Bréfritari: Guðný Jónsdóttir
Viðtakandi: Jón Borgfirðingur
Dagsetning: A-1895-12-24
Skrifað á: Sauðafelli  Dal.
Dóttir Jóns Borgfirðings

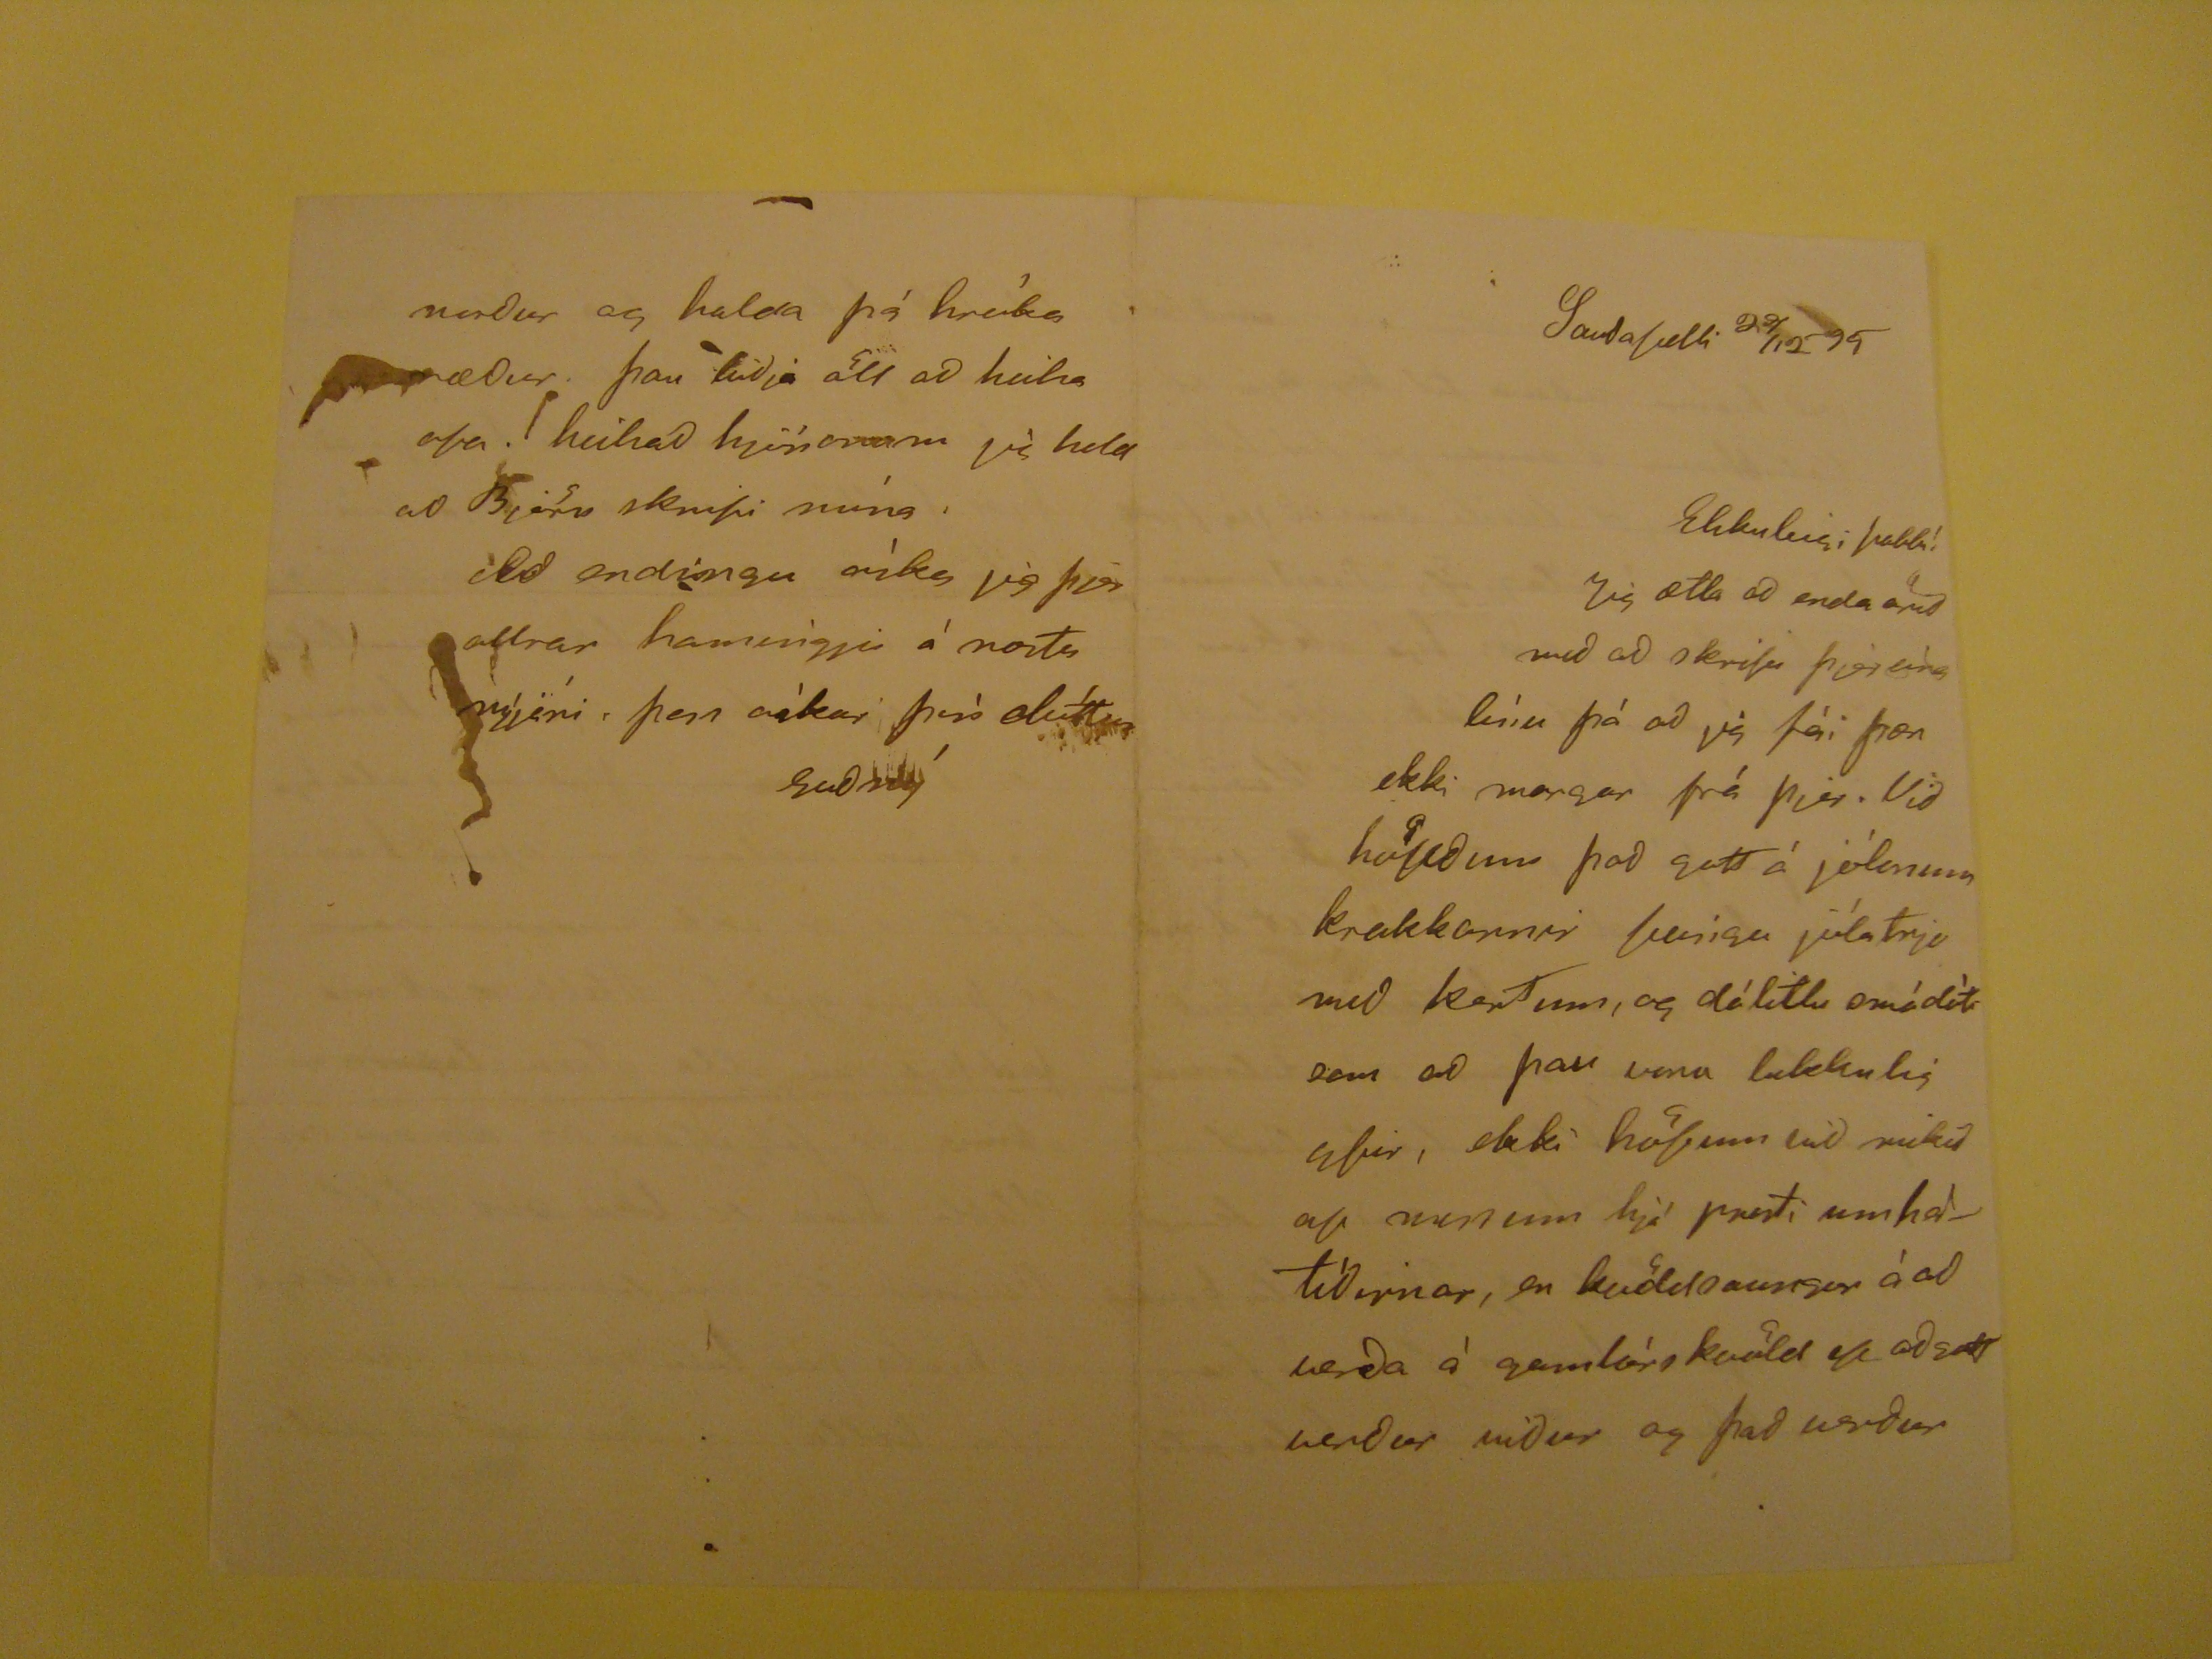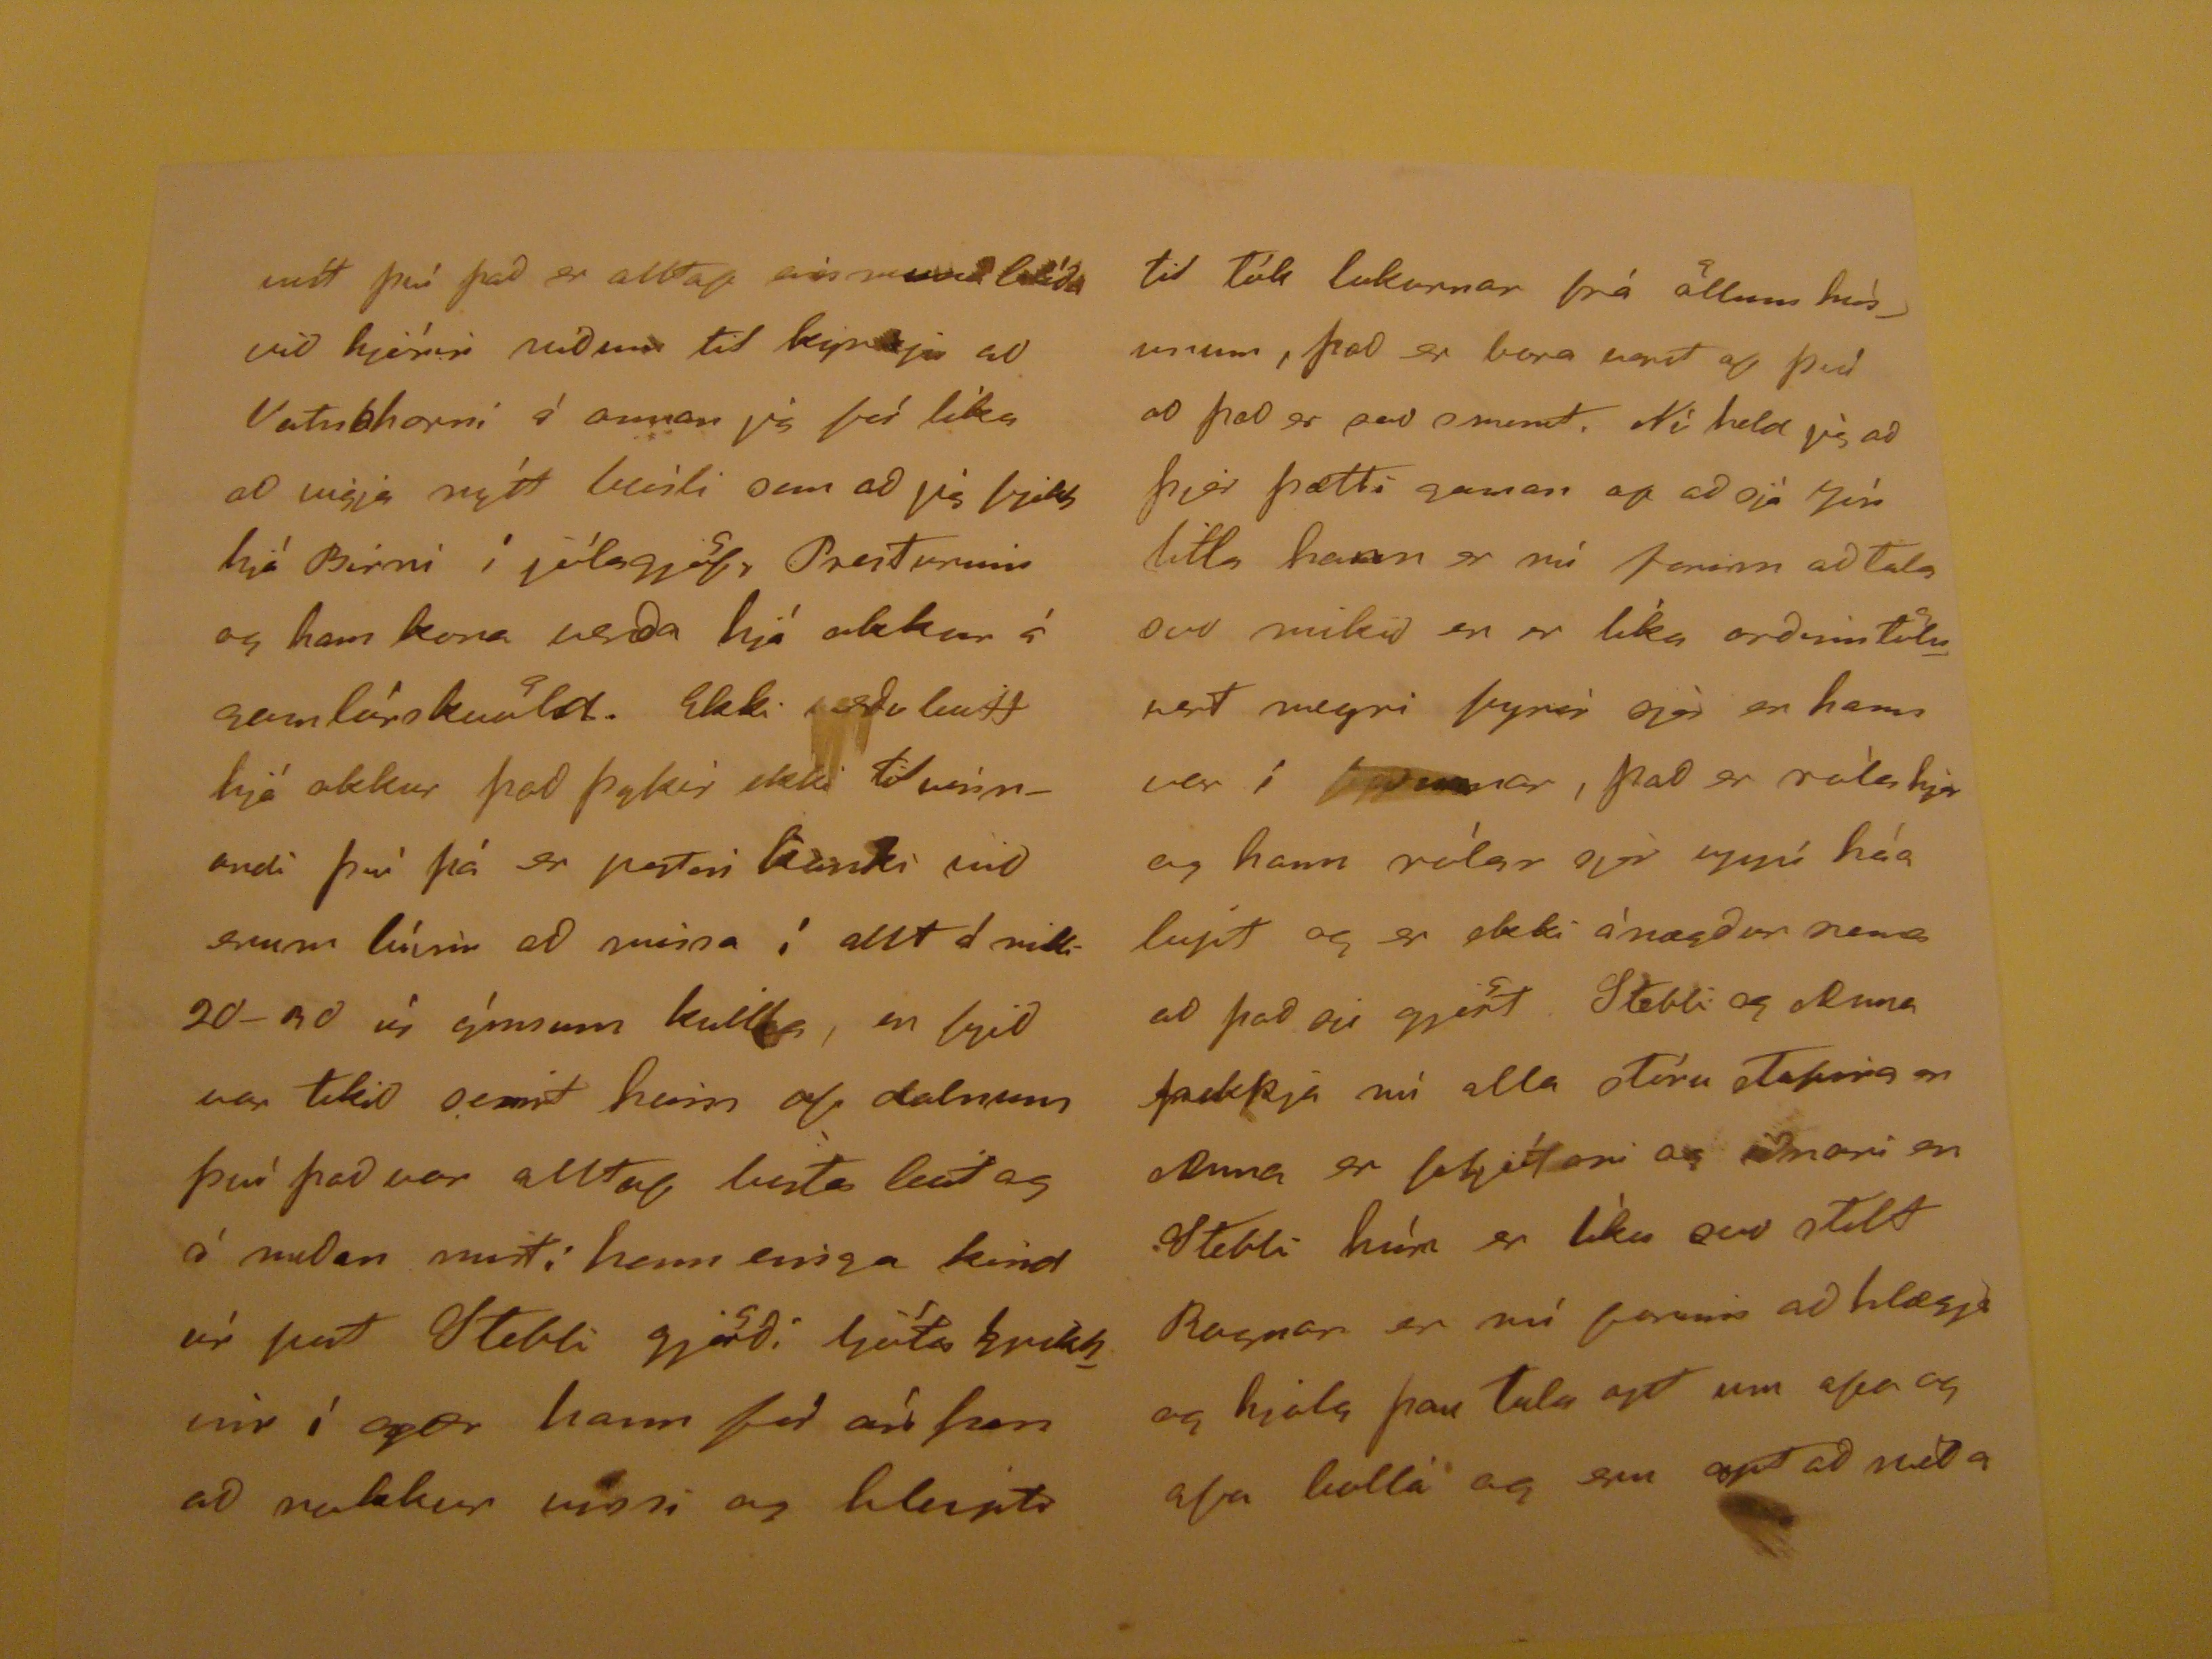

Sauðafelli 24/12 95
Elskuleigi pabbi!
Jig ætla ad enda arid með að skrifa þjer eina lìnu þá að jig fài þær ekki margar frá þjer. Við
höftðum
þad gott á jólunum krakkarnir feingu jólatrje með kertum, og dálitlu smádòti sem ad þau vona lukkulig yfir, ekki höfum vid mikid af munum hjá presti um hàtìðirnar, en kvöldsaungur á ad verða à gamlàrskvö ef að sett verður niður og það verður
víst því það er alltaf eins
mundi velíða
við hjónin vidum til kynja ad Vatnshorni á annar jig þérlíka ad seigja nýtt Mùli sem ad jig fjekk hjá Birni í jólagjöf, Presturinn og hans kona verða hjá okkur á gamlárskvöld. Ekki verða leitt hjá okkur það þykir ekki tilvinnandi því þá er
pestari kanki
vid
sum lúsir
að minna í allt á milli 20-30 úr ýmsum kulda, en lyid var tekið eint heim af dalnum því það var alltaf beta leið og á meðan misti hann einga kind úr
pat
Stebbi gjörði ljóta grikknir í gær hann fór án þess að nokkur vissi og hleipti
tuk Tók lukurnar frá öllum húsunum, það er vara verst ad því ad það er svo snemt. Nú held jig að þjer þætti gaman ap ad sjà Jòn litla hann er nú farinn að Tala svo mikid en er líka orðinn Töluvert megri fyrir sjer en hann var í
síðsumar
, það er ròla hjer og hann rólar sjer uppí háa lúpt og er ekki ánægður nema að það sje gjört. Stebbi og
oluna
þakkja nú alla sTóru stepina en oluna er forljótari og iðnari en Stebbi hún er lìka svo stolt Ragnar er nú farinn að hlægja og hjala þau Tala opt um afa og afa kollá og sem opt að ríða
norður og halda þá hreika ræður. þau bidja öll að heilsa afa. heilsað hjónonum jeg held ad Björn skrifi núna.
Ad endingu òska jig þjer allrar hamingju à næsta nýjári, þess óskar þìn dótttir
Guðný